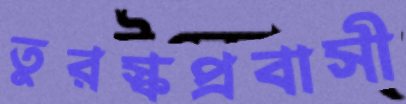
তুরস্কপ্রবাসী